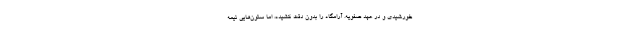
خورشیدی و در عهد صفویه. آرامگاه را بدون دقت کشیده، اما ستون‌هایی نیمه